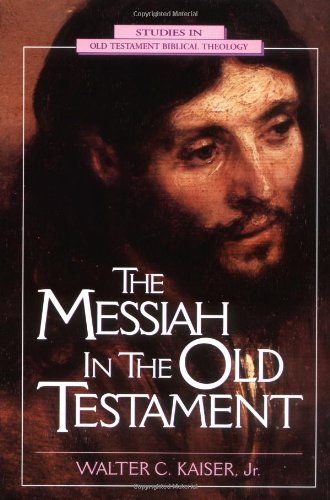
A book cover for Messiah in the Old Testament, The; Walter C. Kaiser  Jr.; Christian Books & Bibles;